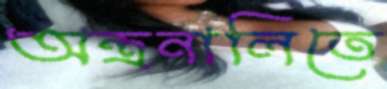
অন্ত্রনালিতে